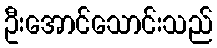
ဦးအောင်သောင်းသည်